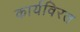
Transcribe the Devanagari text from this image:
कार्यविरत